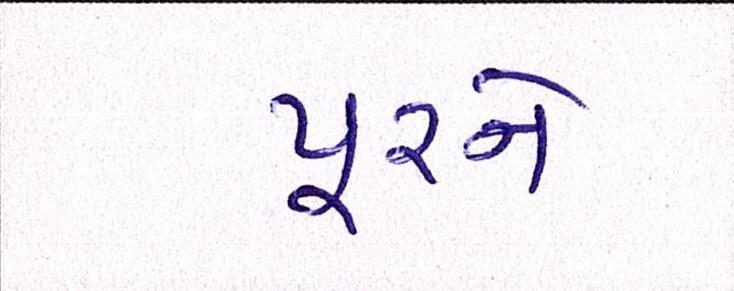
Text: પૂરને